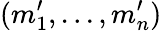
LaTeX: (m_{1}^{\prime},...,m_{n}^{\prime})